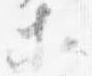
等